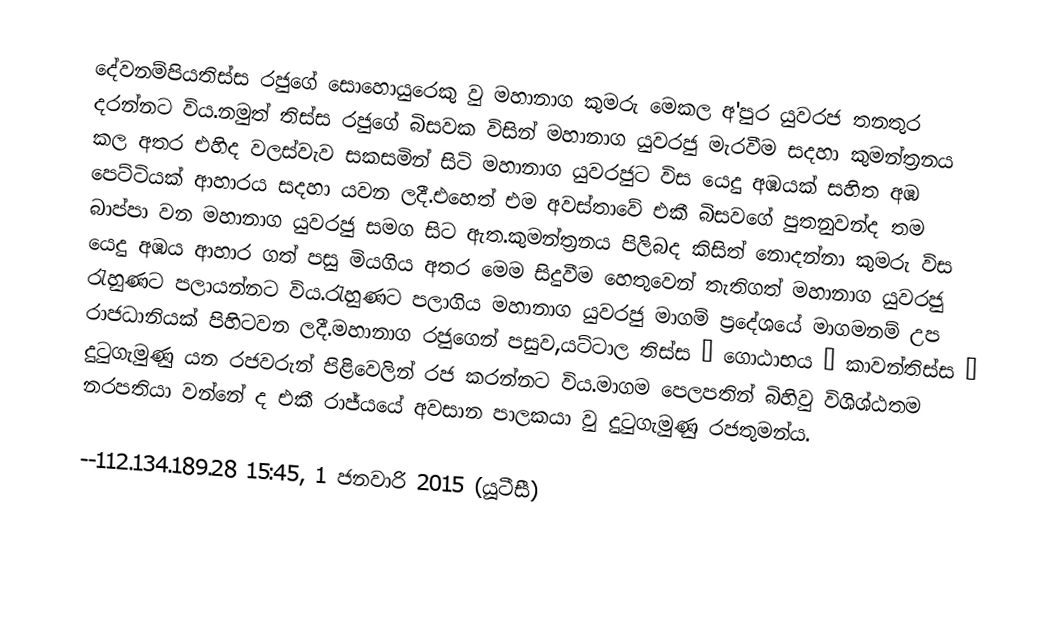
දේවනම්පියතිස්ස රජුගේ සොහොයුරෙකු වු මහානාග කුමරු මෙකල අ'පුර යුවරජ තනතුර දරන්නට විය.නමුත් තිස්ස රජුගේ බිසවක විසින් මහානාග යුවරජු මැරවීම සදහා කුමන්ත්‍රනය කල අතර එහිද වලස්වැව සකසමින් සිටි මහානාග යුවරජුට විස යෙදු අඹයක් සහිත අඹ පෙට්ටියක් ආහාරය සදහා යවන ලදී.එහෙත් එම අවස්තාවේ එකී බිසවගේ පුතනුවන්ද තම බාප්පා වන මහානාග යුවරජු සමග සිට ඇත.කුමන්ත්‍රනය පිලිබද කිසිත් නොදන්නා කුමරු විස යෙදු අඹය ආහාර ගත් පසු මියගිය අතර මෙම සිදුවීම හෙතුවෙන් තැතිගත් මහානාග යුවරජු රැහුණට පලායන්නට විය.රැහුණට පලාගිය මහානාග යුවරජු මාගම් ප්‍රදේශයේ මාගමනම් උප රාජධානියක් පිහිටවන ලදී.මහානාග රජුගෙන් පසුව,යට්ටාල තිස්ස → ගොඨාභය → කාවන්තිස්ස → දුටුගැමුණු යන රජවරුන් පිළිවෙලින් රජ කරන්නට විය.මාගම පෙලපතින් බිහිවු විශිශ්ඨතම නරපතියා වන්නේ ද එකී රාජ්යයේ අවසාන පාලකයා වු  දුටුගැමුණු රජතුමන්ය.

--112.134.189.28 15:45, 1 ජනවාරි 2015 (යූටීසී)